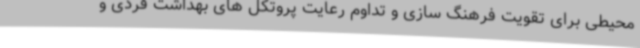
محیطی برای تقویت فرهنگ سازی و تداوم رعایت پروتکل های بهداشت فردی و